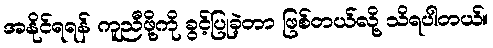
အနိုင်ရရန် ကူညီဖို့ကို ခွင့်ပြုခဲ့တာ ဖြစ်တယ်လို့ သိရပါတယ်။